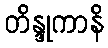
တိန္ဒုကာနိ